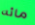
مائه